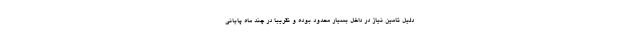
دلیل تامین نیاز در داخل بسیار محدود بوده و تقریبا در چند ماه پایانی